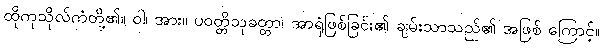
ထိုကုသိုလ်ကံတို့၏။ ဝါ၊ အား။ ပဝတ္တိသုခတ္တာ၊ အာရုံဖြစ်ခြင်း၏ ချမ်းသာသည်၏ အဖြစ် ကြောင့်။